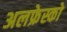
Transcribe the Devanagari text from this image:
अलफ्रेस्को